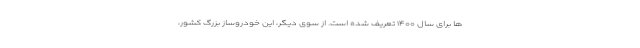
ها برای سال ۱۴۰۰ تعریف شده است. از سوی دیگر، این خودروساز بزرگ کشور،